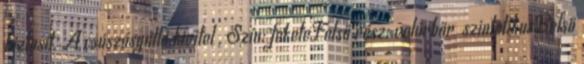
biztosít. A csúszásgátló kivitel . Szín: feketeFelső rész: velúrbőr szintetikusBelső